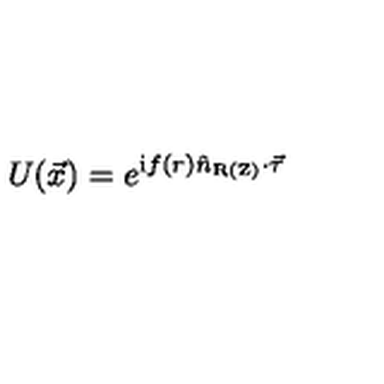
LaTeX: U ( \vec { x } ) = e ^ { \mathrm { i } f ( r ) \hat { n } _ { \mathrm { R ( Z ) } } \cdot \vec { \tau } }